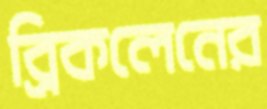
ব্রিকলেনের